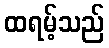
ထရမ့်သည်